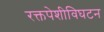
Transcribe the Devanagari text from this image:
रक्तपेशीविघटन